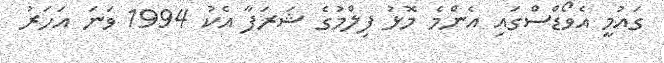
ގައުމީ އެވޯޑްސްގައި އެންމެ މޮޅު ފިލްމުގެ ޝަރަފާ އެކު 1994 ވަނަ އަހަރު